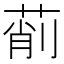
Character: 萷